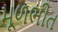
મૂળભીત